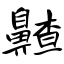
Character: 齄